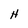
Character: H